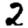
Digit: 2